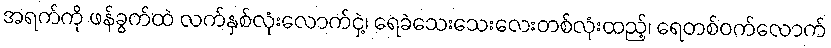
အရက်ကို ဖန်ခွက်ထဲ လက်နှစ်လုံးလောက်ငှဲ့၊ ရေခဲသေးသေးလေးတစ်လုံးထည့်၊ ရေတစ်ဝက်လောက်